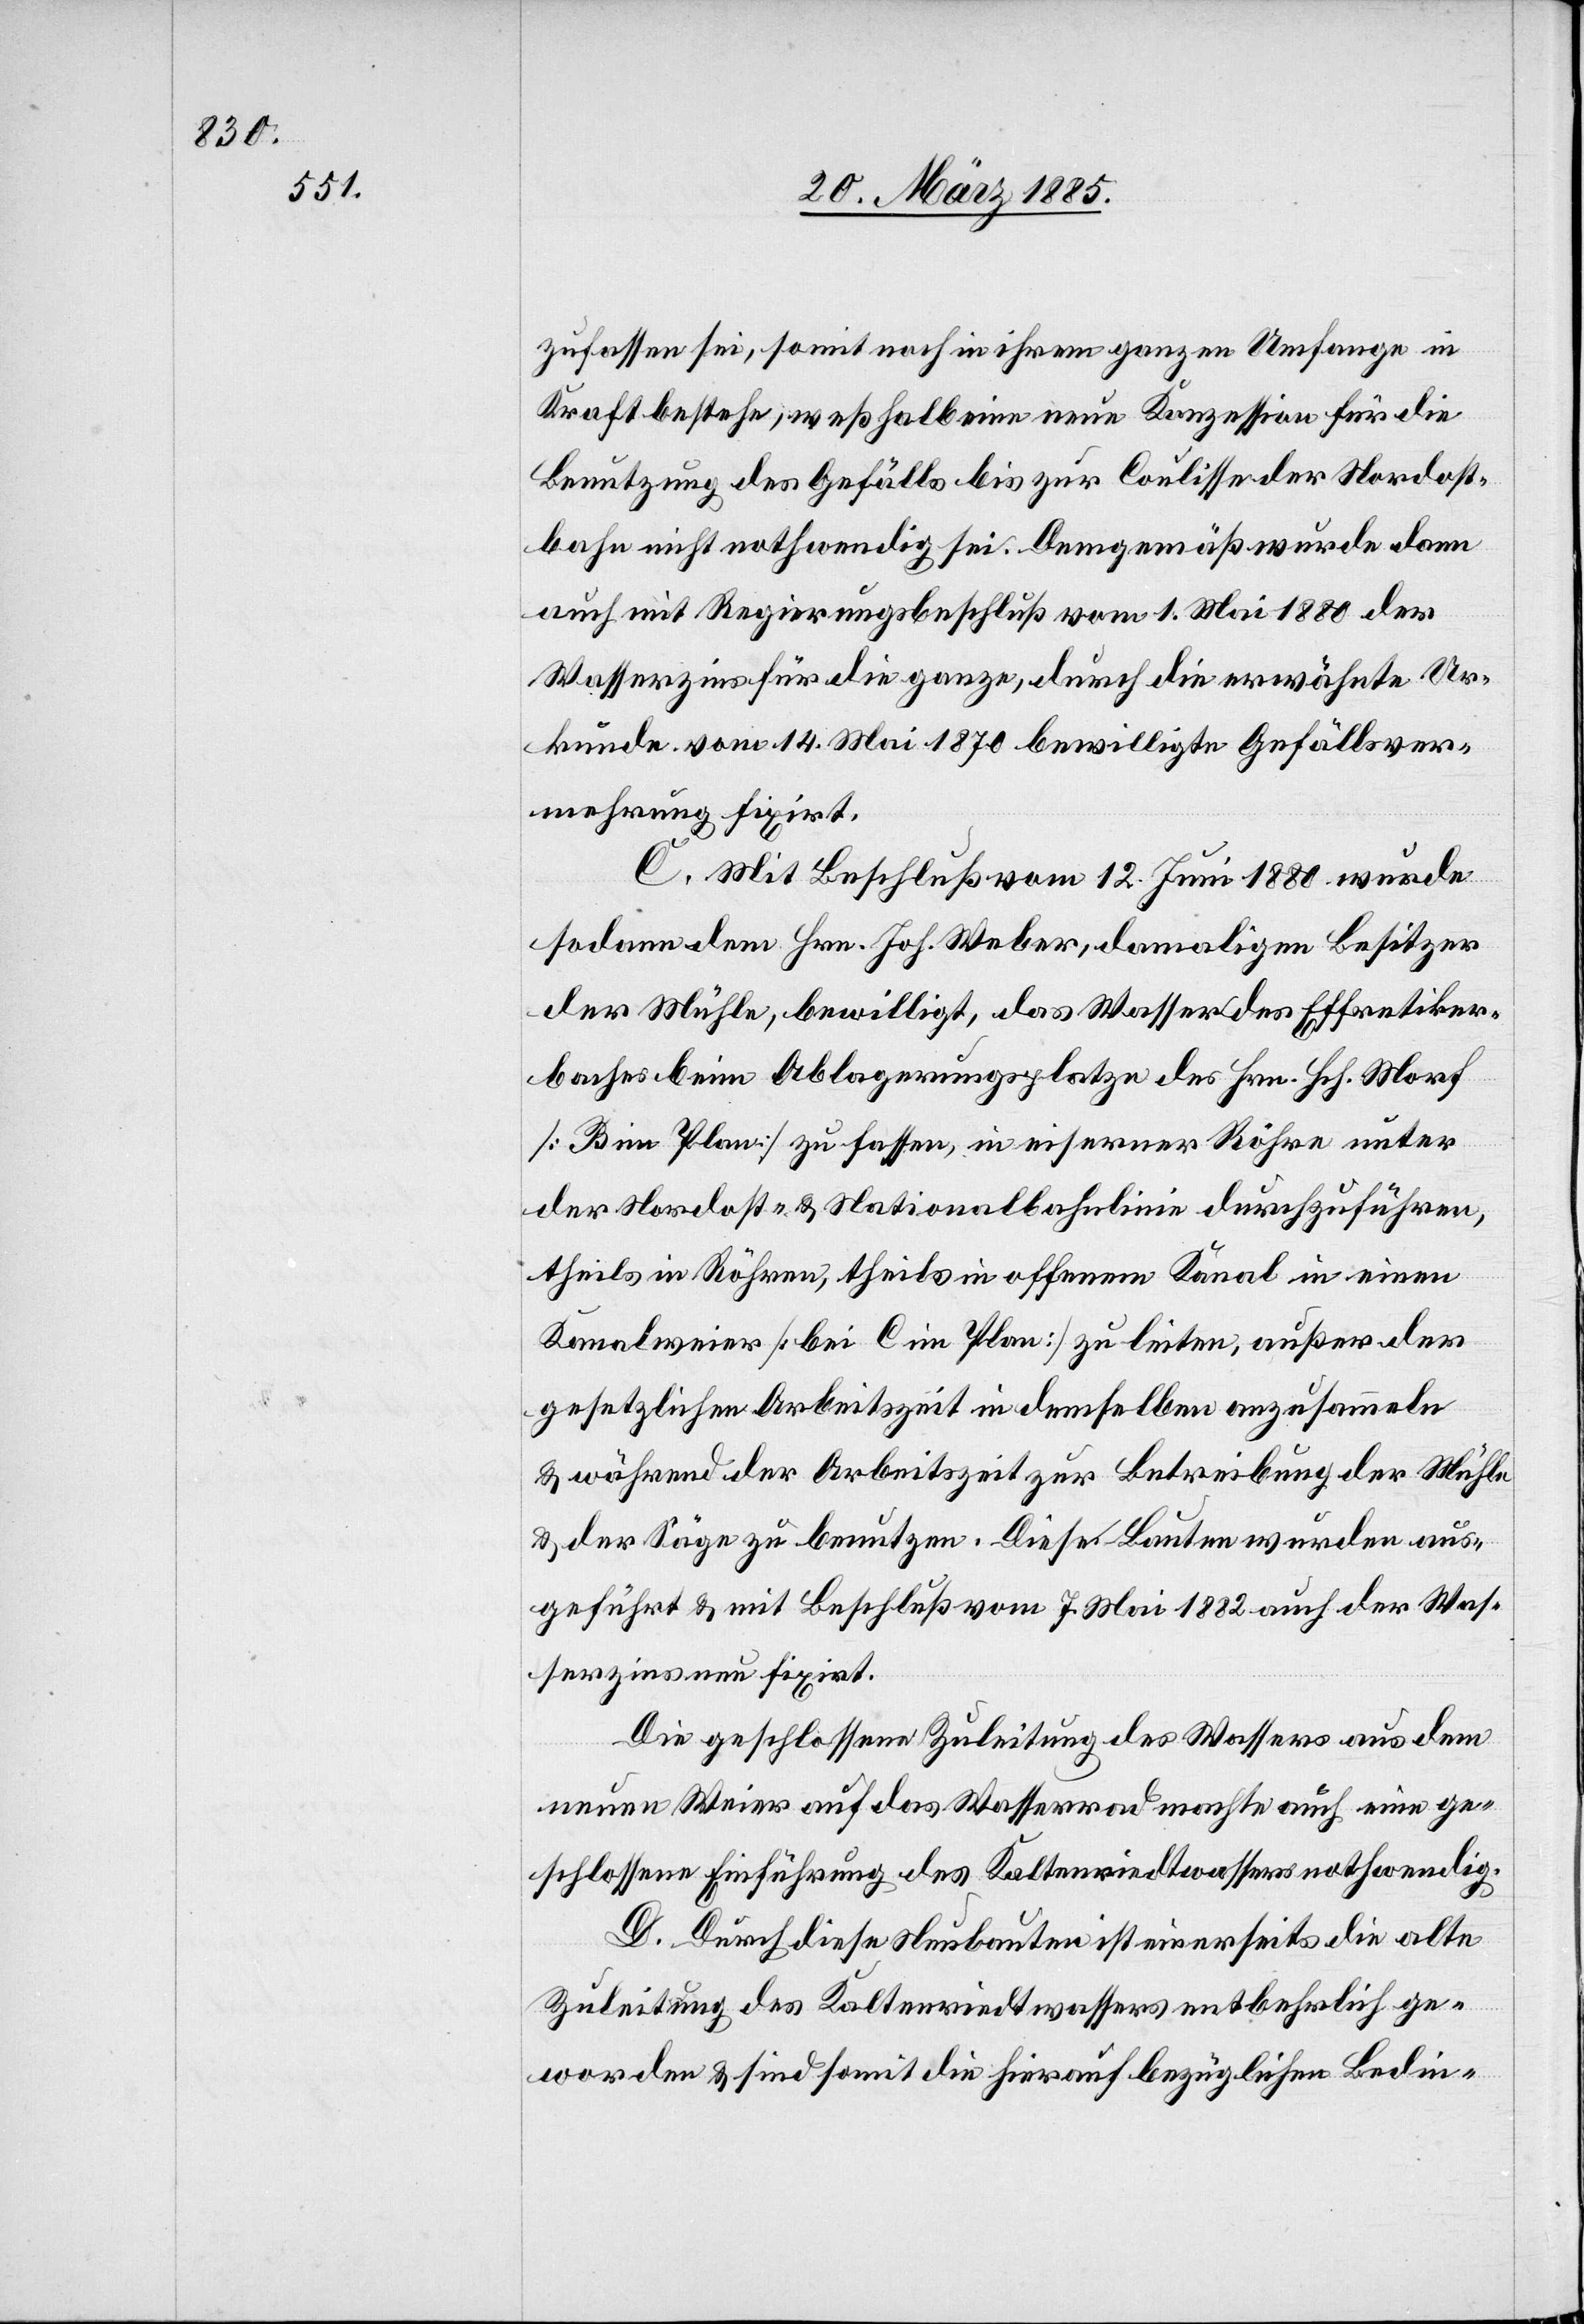
zufassen sei, somit noch in ihrem ganzen Umfange in
Kraft bestehe, weßhalb eine neue Konzession für die
Benutzung des Gefälls bis zur Coulisse der Nordost¬
bahn nicht nothwendig sei. Demgemäß wurde dann
auch mit Regierungsbeschluß vom 1. Mai 1880 der
Wasserzins für die ganze, durch die erwähnte Ur¬
kunde vom 14. Mai 1870 bewilligte Gefällsver¬
mehrung fixirt.
C. Mit Beschluß vom 12. Juni 1880 wurde
sodann dem Hrn. Joh. Weber, damaligen Besitzer
der Mühle, bewilligt, das Wasser des Effretiker¬
baches beim Ablagerungsplatze des Hrn. Hch. Morf
[B im Plan] zu fassen, in eiserner Röhre unter
der Nordost- & Nationalbahnlinie durchzuführen,
theils in Röhren, theils in offenem Kanal in einen
Kanalweier [bei C im Plan] zu leiten, außer der
gesetzlichen Arbeitszeit zur Betreibung der Mühle
& der Säge zu benutzen. Diese Bauten wurden aus¬
geführt & mit Beschluß vom 7. Mai 1882 auch der Was¬
serzins fixirt.
Die geschlossene Zuleitung des Wassers aus dem
neuen Weier auf das Wasserrad machte auch eine ge¬
schlossene Einführung des Kaltenriedtwassers nothwendig.
D. Durch diese Neubauten ist einerseits die alte
Zuleitung des Kaltenriedtwassers entbehrlich ge¬
worden & sind somit die hierauf bezüglichen Bedin-